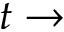
t \rightarrow